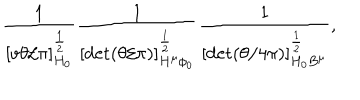
LaTeX: \frac { 1 } { [ v \theta / \pi ] _ { H _ { \scriptscriptstyle 0 } } ^ { \frac { 1 } { 2 } } } \frac { 1 } { [ \det ( \theta / \pi ) ] _ { H ^ { \mu } \phi _ { \scriptscriptstyle 0 } } ^ { \frac { 1 } { 2 } } } \frac { 1 } { [ \det ( \theta / 4 \pi ) ] _ { H _ { \scriptscriptstyle 0 } B ^ { \mu } } ^ { \frac { 1 } { 2 } } } ,